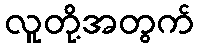
လူတို့အတွက်